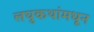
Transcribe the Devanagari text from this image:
लघुकथांमधून